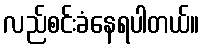
လည်စင်းခံနေရပါတယ်။